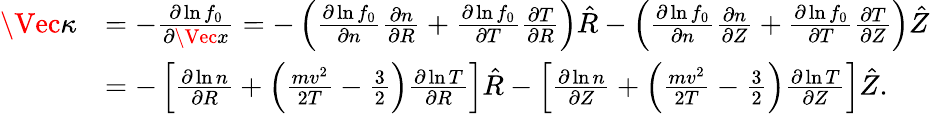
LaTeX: \begin{array}{rl}{\Vec{\kappa}}&{=-\frac{\partial\ln f_{0}}{\partial\Vec{x}}=-\left(\frac{\partial\ln f_{0}}{\partial n}\frac{\partial n}{\partial R}+\frac{\partial\ln f_{0}}{\partial T}\frac{\partial T}{\partial R}\right)\hat{R}-\left(\frac{\partial\ln f_{0}}{\partial n}\frac{\partial n}{\partial Z}+\frac{\partial\ln f_{0}}{\partial T}\frac{\partial T}{\partial Z}\right)\hat{Z}}\\ &{=-\left[\frac{\partial\ln n}{\partial R}+\left(\frac{mv^{2}}{2T}-\frac{3}{2}\right)\frac{\partial\ln T}{\partial R}\right]\hat{R}-\left[\frac{\partial\ln n}{\partial Z}+\left(\frac{mv^{2}}{2T}-\frac{3}{2}\right)\frac{\partial\ln T}{\partial Z}\right]\hat{Z}.}\end{array}